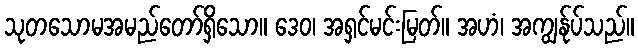
သုတသောမအမည်တော်ရှိသော။ ဒေဝ၊ အရှင်မင်းမြတ်။ အဟံ၊ အကျွန်ုပ်သည်။